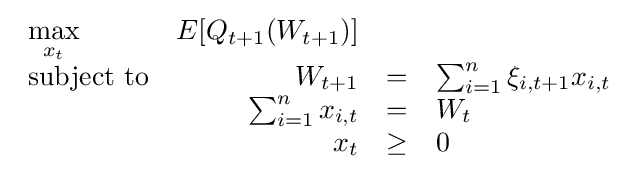
{\begin{array}{lrclr}\max \limits _{x_{t}}&E[Q_{t+1}(W_{t+1})]&\\{\text{subject to}}&W_{t+1}&=&\sum _{i=1}^{n}\xi _{i,t+1}x_{i,t}\\&\sum _{i=1}^{n}x_{i,t}&=&W_{t}\\&x_{t}&\geq &0\end{array}}